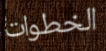
الخطوات